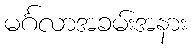
မင်္ဂလာအခမ်းအနား